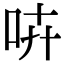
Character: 𠱥